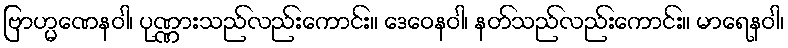
ဗြာဟ္မဏေနဝါ၊ ပုဏ္ဏားသည်လည်းကောင်း။ ဒေဝေနဝါ၊ နတ်သည်လည်းကောင်း။ မာရေနဝါ၊